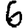
Digit: 6